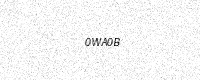
Text: 0WA0B